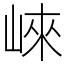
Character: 崍